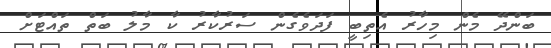
ބަންދޭ މެން މިހާރު އެތިބީ ފަދަވެގެން ސަރުކާރު ކާ މާލު ބަތް ތައްޓަށް